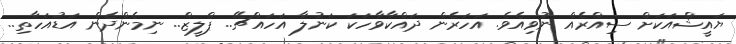
ޔައީޝްއަކަށް ސިއްރެއް ނުވިއެވެ. އަހަރެން ދައްކާވާހަކަ ކަނުލާ އަހައްޗޭ.. ޕްލީޒް.. ނިމެންދެން އަޑުއަހާތި..